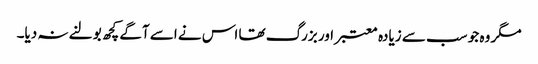
مگر وہ جو سب سے زیادہ معتبر اور بزرگ تھا اس نے اسے آگے کچھ بولنے نہ دیا۔